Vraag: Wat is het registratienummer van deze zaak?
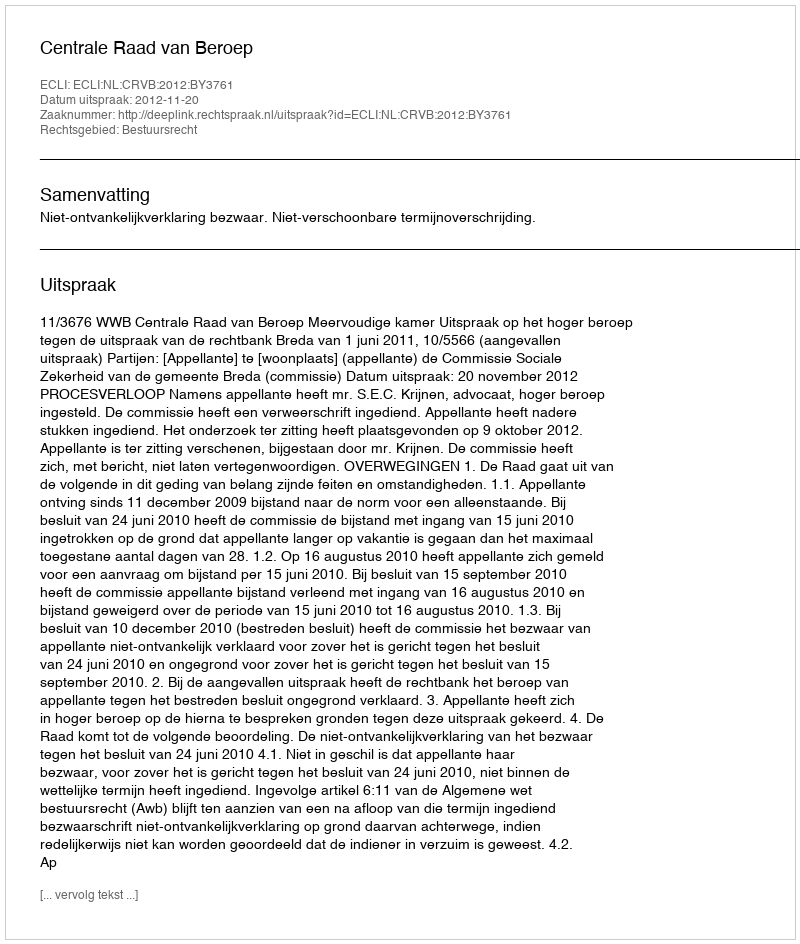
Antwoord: http://deeplink.rechtspraak.nl/uitspraak?id=ECLI:NL:CRVB:2012:BY3761